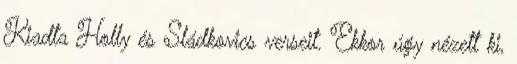
Kiadta Holly és Sládkovics verseit. Ekkor úgy nézett ki,